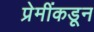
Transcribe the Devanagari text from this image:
प्रेमींकडून